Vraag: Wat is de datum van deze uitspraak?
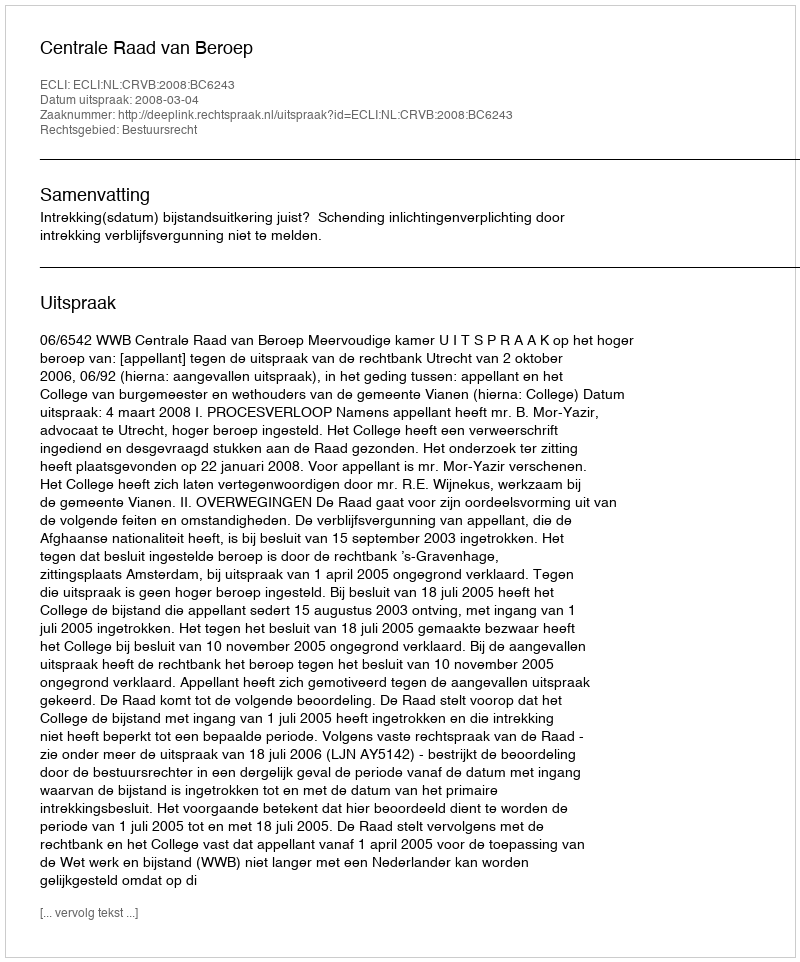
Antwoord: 2008-03-04